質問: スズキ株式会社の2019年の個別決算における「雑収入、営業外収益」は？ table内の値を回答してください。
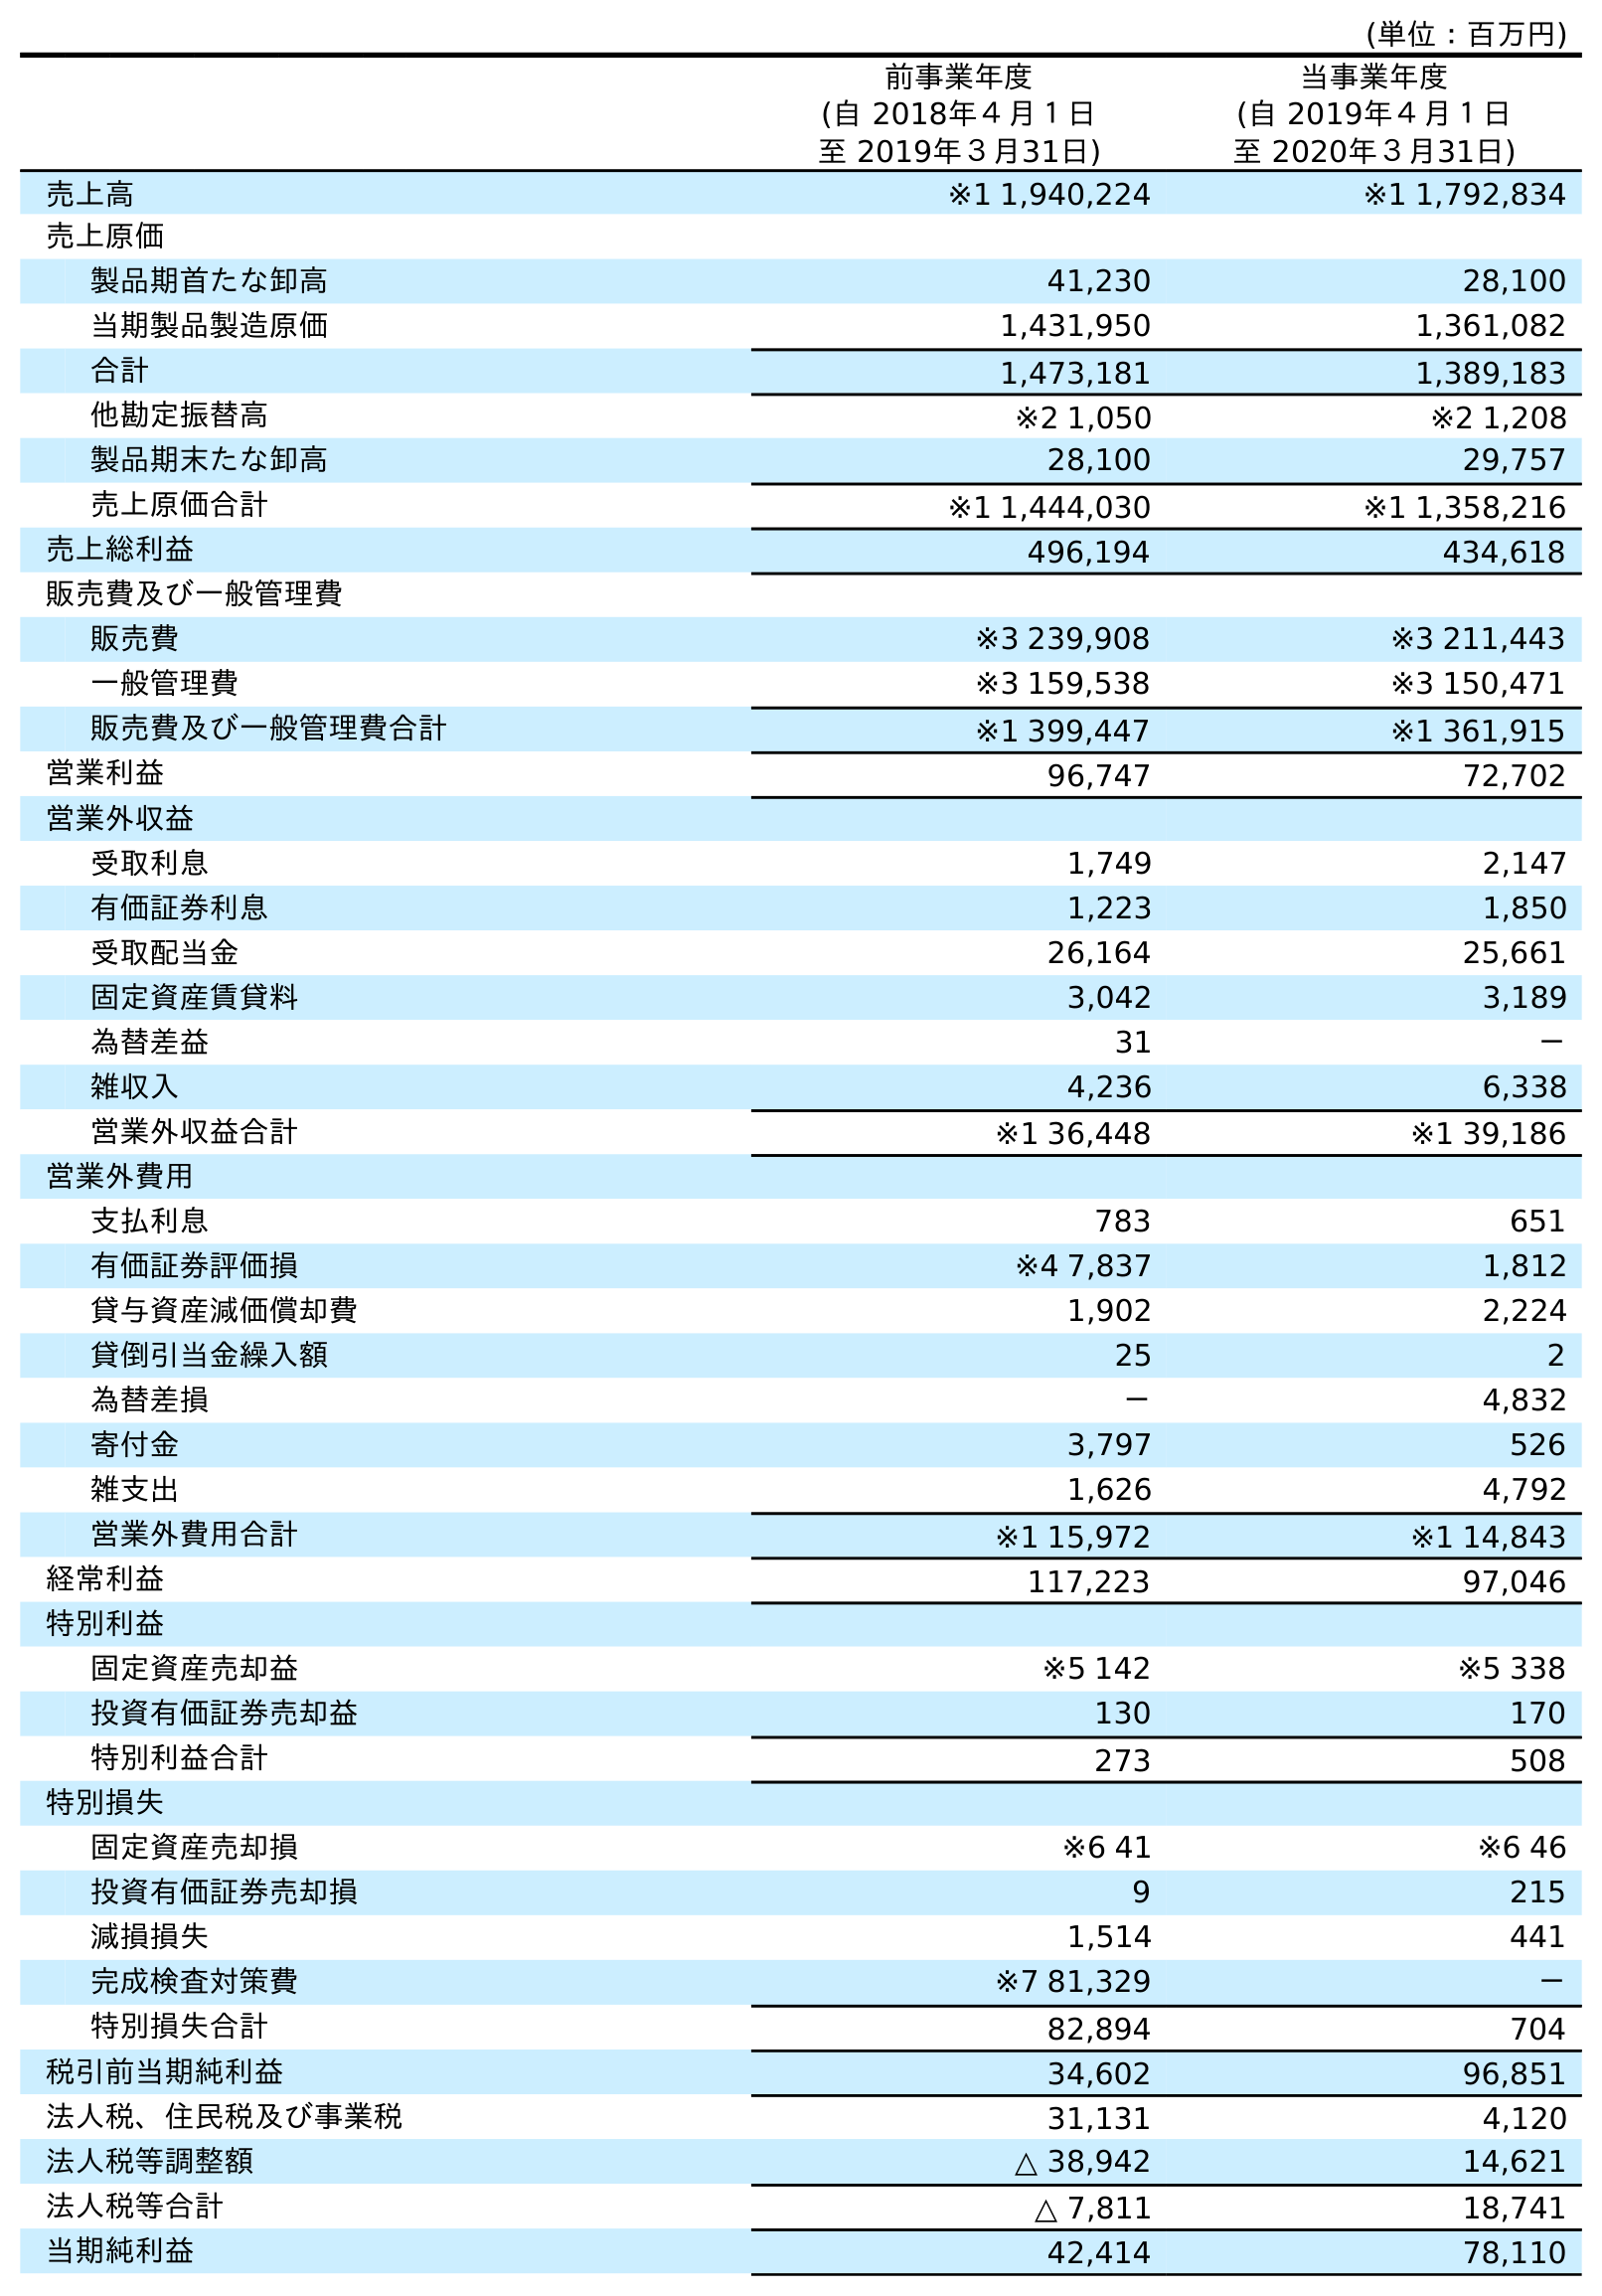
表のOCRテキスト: (単位：百万円) 前事業年度 (自 2018年４月１日 至 2019年３月31日) 当事業年度 (自 2019年４月１日 至 2020年３月31日) 売上高 ※1 1,940,224 ※1 1,792,834 売上原価 製品期首たな卸高 41,230 28,100 当期製品製造原価 1,431,950 1,361,082 合計 1,473,181 1,389,183 他勘定振替高 ※2 1,050 ※2 1,208 製品期末たな卸高 28,100 29,757 売上原価合計 ※1 1,444,030 ※1 1,358,216 売上総利益 496,194 434,618 販売費及び一般管理費 販売費 ※3 239,908 ※3 211,443 一般管理費 ※3 159,538 ※3 150,471 販売費及び一般管理費合計 ※1 399,447 ※1 361,915 営業利益 96,747 72,702 営業外収益 受取利息 1,749 2,147 有価証券利息 1,223 1,850 受取配当金 26,164 25,661 固定資産賃貸料 3,042 3,189 為替差益 31 － 雑収入 4,236 6,338 営業外収益合計 ※1 36,448 ※1 39,186 営業外費用 支払利息 783 651 有価証券評価損 ※4 7,837 1,812 貸与資産減価償却費 1,902 2,224 貸倒引当金繰入額 25 2 為替差損 － 4,832 寄付金 3,797 526 雑支出 1,626 4,792 営業外費用合計 ※1 15,972 ※1 14,843 経常利益 117,223 97,046 特別利益 固定資産売却益 ※5 142 ※5 338 投資有価証券売却益 130 170 特別利益合計 273 508 特別損失 固定資産売却損 ※6 41 ※6 46 投資有価証券売却損 9 215 減損損失 1,514 441 完成検査対策費 ※7 81,329 － 特別損失合計 82,894 704 税引前当期純利益 34,602 96,851 法人税、住民税及び事業税 31,131 4,120 法人税等調整額 △ 38,942 14,621 法人税等合計 △ 7,811 18,741 当期純利益 42,414 78,110
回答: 4,236